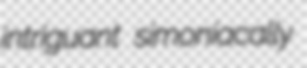
intriguant simoniacally